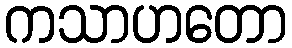
ကသာဟတော